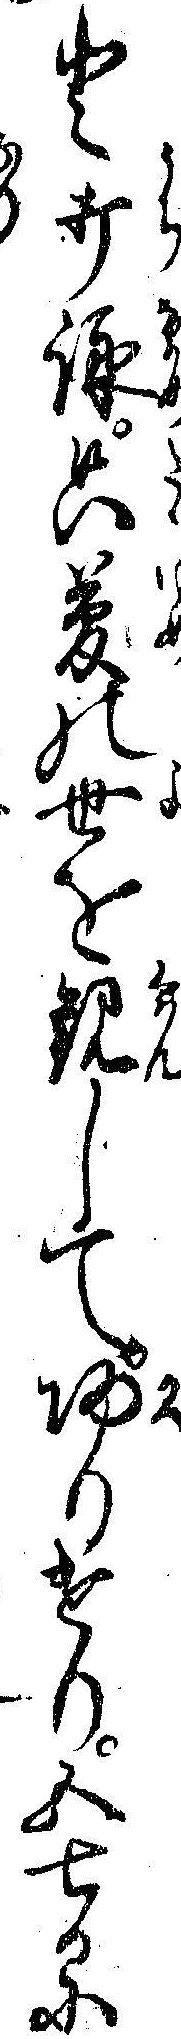
と打詠只夢の世を観して帰りけり五七日に